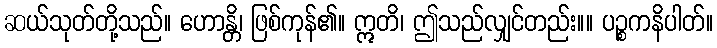
ဆယ်သုတ်တို့သည်။ ဟောန္တိ၊ ဖြစ်ကုန်၏။ ဣတိ၊ ဤသည်လျှင်တည်း။။ ပဉ္စကနိပါတ်။